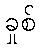
ခှုစ်